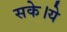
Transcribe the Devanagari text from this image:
सके।ये